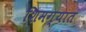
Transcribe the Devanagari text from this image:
शिमग्यात